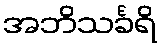
အဘိသင်္ခရိ